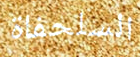
السلحفاة